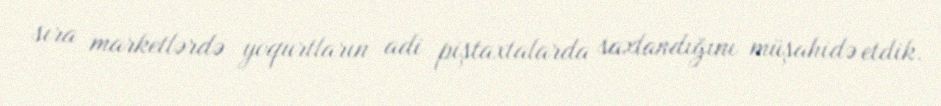
sıra marketlərdə yoqurtların adi piştaxtalarda saxlandığını müşahidə etdik.